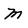
Character: m